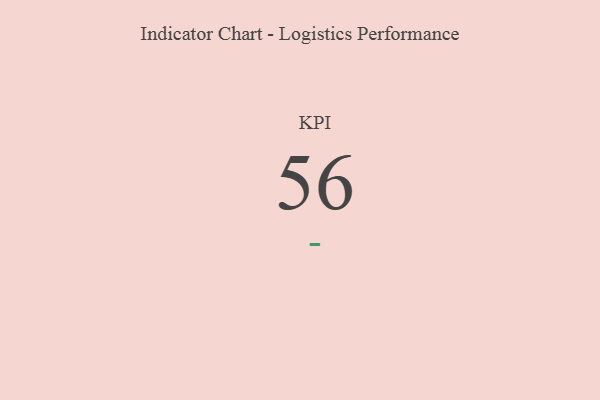
{"axis": {"x": "KPI", "y": "Value"}, "legend": [""], "data": [{"x": "KPI", "y": 56, "type": ""}]}